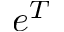
e ^ { T }